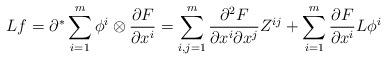
LaTeX: \begin{align*}Lf = \partial^*\sum_{i=1}^m \phi^i\otimes \frac{\partial F}{\partial x^i} = \sum_{i,j=1}^m \frac{\partial^2 F}{\partial x^i\partial x^j}Z^{ij} + \sum_{i=1}^m \frac{\partial F}{\partial x^i} L\phi^i \end{align*}